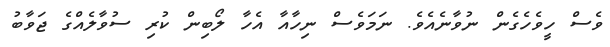
ވެސް ހީވެހެގެން ނުވާނެއެވެ. ނަމަވެސް ނިހާއާ އެހާ ލޯބިން ކުރި ސުވާލެއްގެ ޖަވާބު